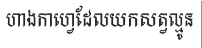
ហាងកាហ្វេដែលយកសត្វល្មូន